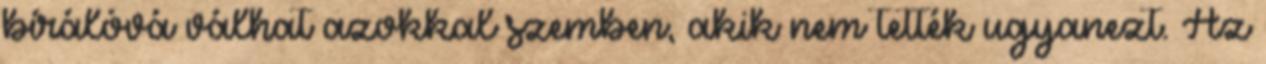
bírálóvá válhat azokkal szemben, akik nem tették ugyanezt. Az